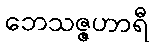
ဘေသဇ္ဇဟာရီ